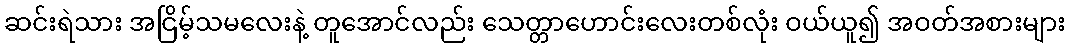
ဆင်းရဲသား အငြိမ့်သမလေးနဲ့ တူအောင်လည်း သေတ္တာဟောင်းလေးတစ်လုံး ဝယ်ယူ၍ အဝတ်အစားများ